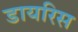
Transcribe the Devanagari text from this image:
डायरिस